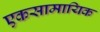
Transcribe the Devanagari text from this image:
एकसामायिक